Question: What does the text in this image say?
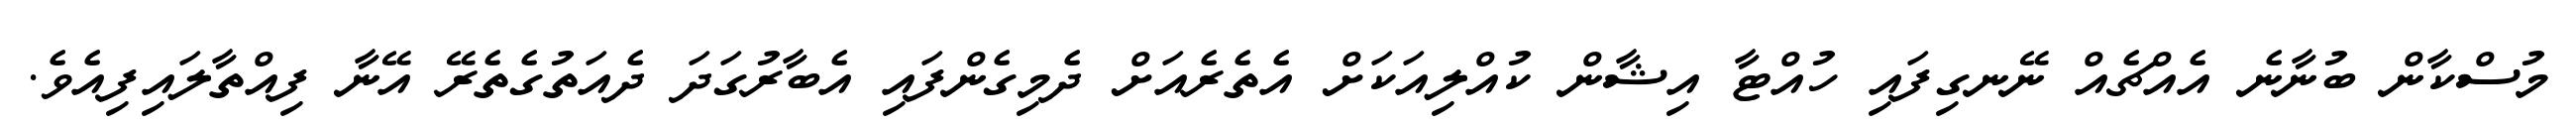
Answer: މުސްކާން ބުނާނެ އެއްޗެއް ނޭނގިފައި ހުއްޓާ އިޝާން ކުއްލިއަކަށް އެތެރެއަށް ދެމިގެންފައި އެބާރުގަދަ ދެއަތުގެތެރޭ އޭނާ ފިއްތާލައިފިއެވެ.